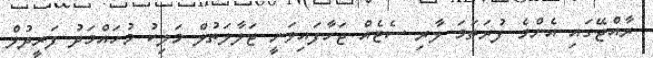
ރާއްޖޭގައި އެންމެ ފުރަތަމަ ލާރި ސެޓެއް ޖަހާފައިވަނީ ޖަލާލަތުލް މަލިކު މުހައްމަދު ފަރީދުލް